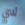
لدي